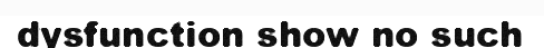
dysfunction show no such